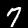
Digit: 7